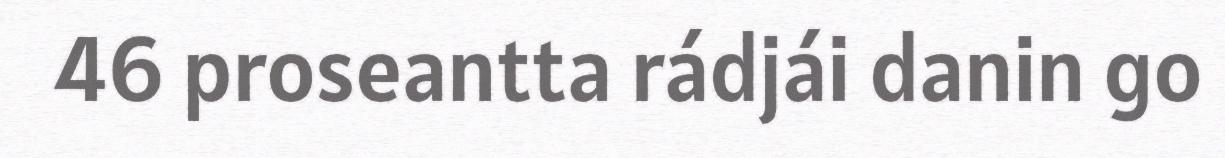
46 proseantta rádjái danin go